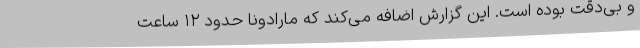
و بی‌دقت بوده است. این گزارش اضافه می‌کند که مارادونا حدود ۱۲ ساعت